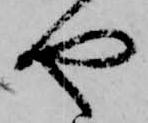
や